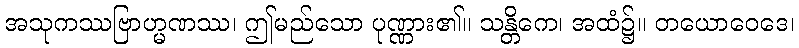
အသုကဿဗြာဟ္မဏဿ၊ ဤမည်သော ပုဏ္ဏား၏။ သန္တိကေ၊ အထံ၌။ တယောဝေဒေ၊